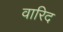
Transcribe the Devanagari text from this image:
वारिद